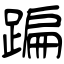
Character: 蹁